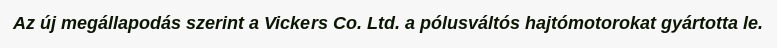
Az új megállapodás szerint a Vickers Co. Ltd. a pólusváltós hajtómotorokat gyártotta le.